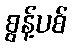
စွန့်ပစ်